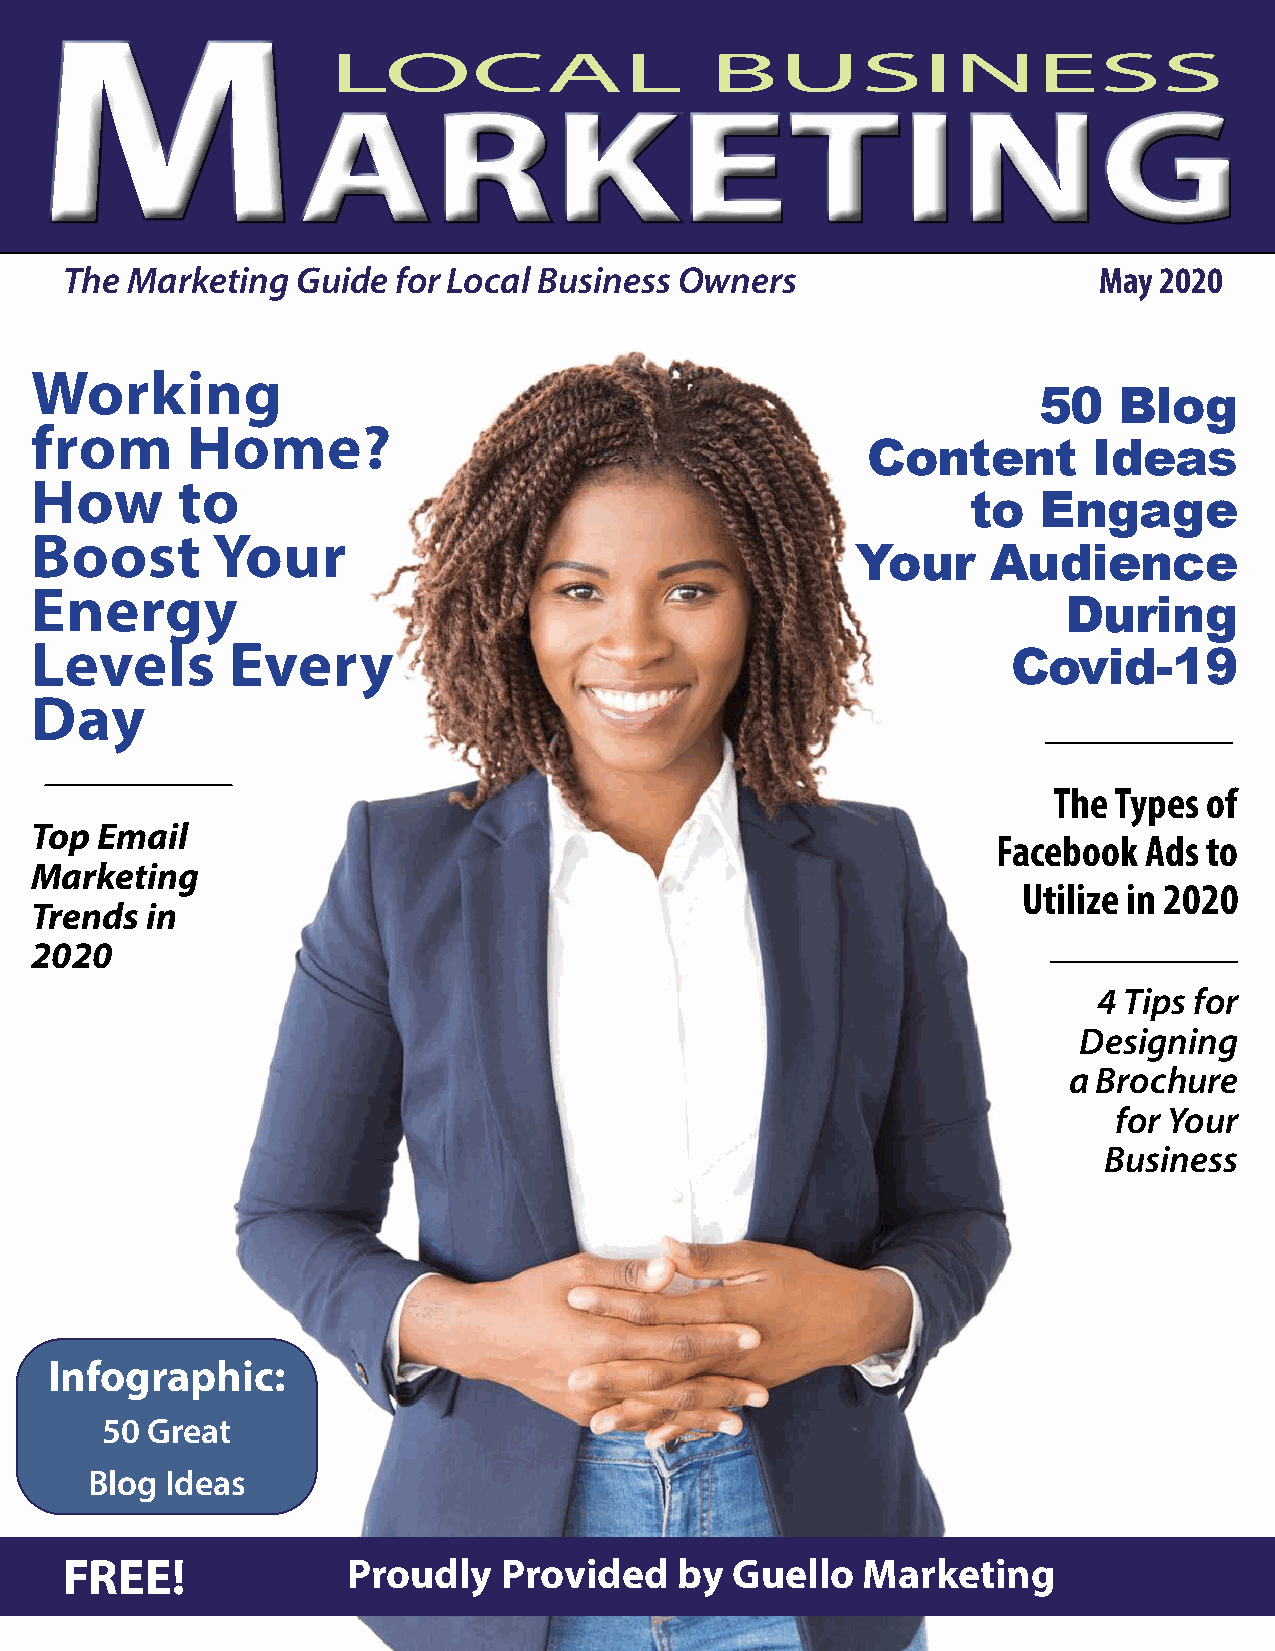
MM
 LOCAL                    BUSINESS
 aarrkkeettiinngg
 The Marketing   Guide for Local Business Owners                      May 2020
 Working
 50   Blog
 from      Home?
 Content        Ideas
 How       to
 to   Engage
 Boost       Your
 Your     Audience
 Energy
 During
 Levels       Every
 Covid-19
 Day
 The Types of
 Top Email
 Facebook  Ads to
 Marketing
 Utilize in 2020
 Trends  in
 2020
 4 Tips for
 Designing
 a Brochure
 for Your
 Business
 Infographic:
 50 Great
 Blog Ideas
 FREE!              Proudly   Provided    by Guello   Marketing